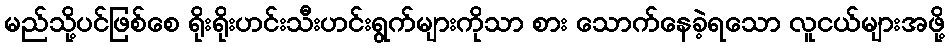
မည်သို့ပင်ဖြစ်စေ ရိုးရိုးဟင်းသီးဟင်းရွက်များကိုသာ စား သောက်နေခဲ့ရသော လူငယ်များအဖို့